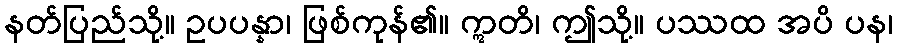
နတ်ပြည်သို့။ ဥပပန္နာ၊ ဖြစ်ကုန်၏။ ဣတိ၊ ဤသို့။ ပဿထ အပိ ပန၊